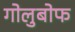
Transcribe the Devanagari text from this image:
गोलुबोफ